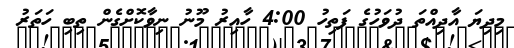
މިދިޔަ އާދިއްތަ ދުވަހުގެ ފަތިހު 4:00 ހާއިރު މޫނު ނިވާކޮށްގެން ތިބި ހަތަރު